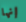
إنها